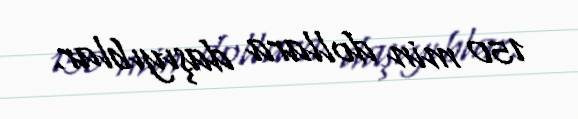
150 min dollara daşıyıblar.